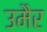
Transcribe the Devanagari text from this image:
उमैर